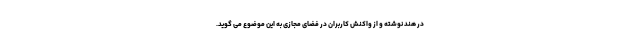
در هند نوشته و از واکنش کاربران در فضای مجازی به این موضوع می ‌گوید.